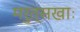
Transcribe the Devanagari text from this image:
मरुत्सखाः